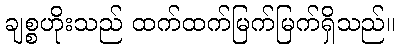
ချစ္စဟိုးသည် ထက်ထက်မြက်မြက်ရှိသည်။